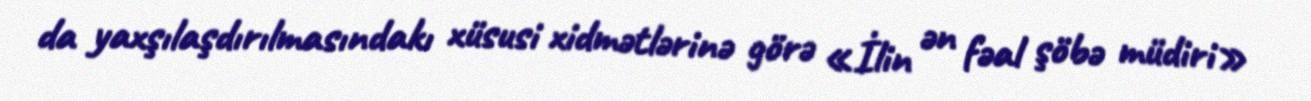
da yaxşılaşdırılmasındakı xüsusi xidmətlərinə görə «İlin ən fəal şöbə müdiri»